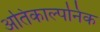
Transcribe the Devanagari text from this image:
अतिकाल्पनिक